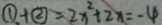
\textcircled { 1 } + \textcircled { 2 } = 2 x ^ { 2 } + 2 x = - 4